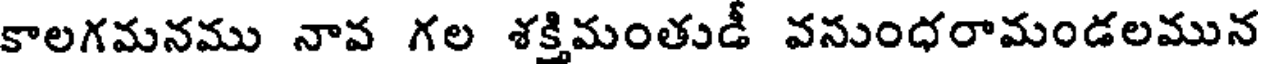
కాలగమనము నావ గల శక్తిమంతుడీ వనుంధరామండలమున